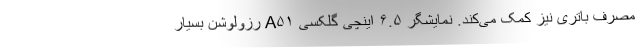
مصرف باتری نیز کمک می‌کند. نمایشگر ۶.۵ اینچی گلکسی A۵۱ رزولوشن بسیار